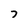
Character: 7